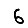
Digit: 6